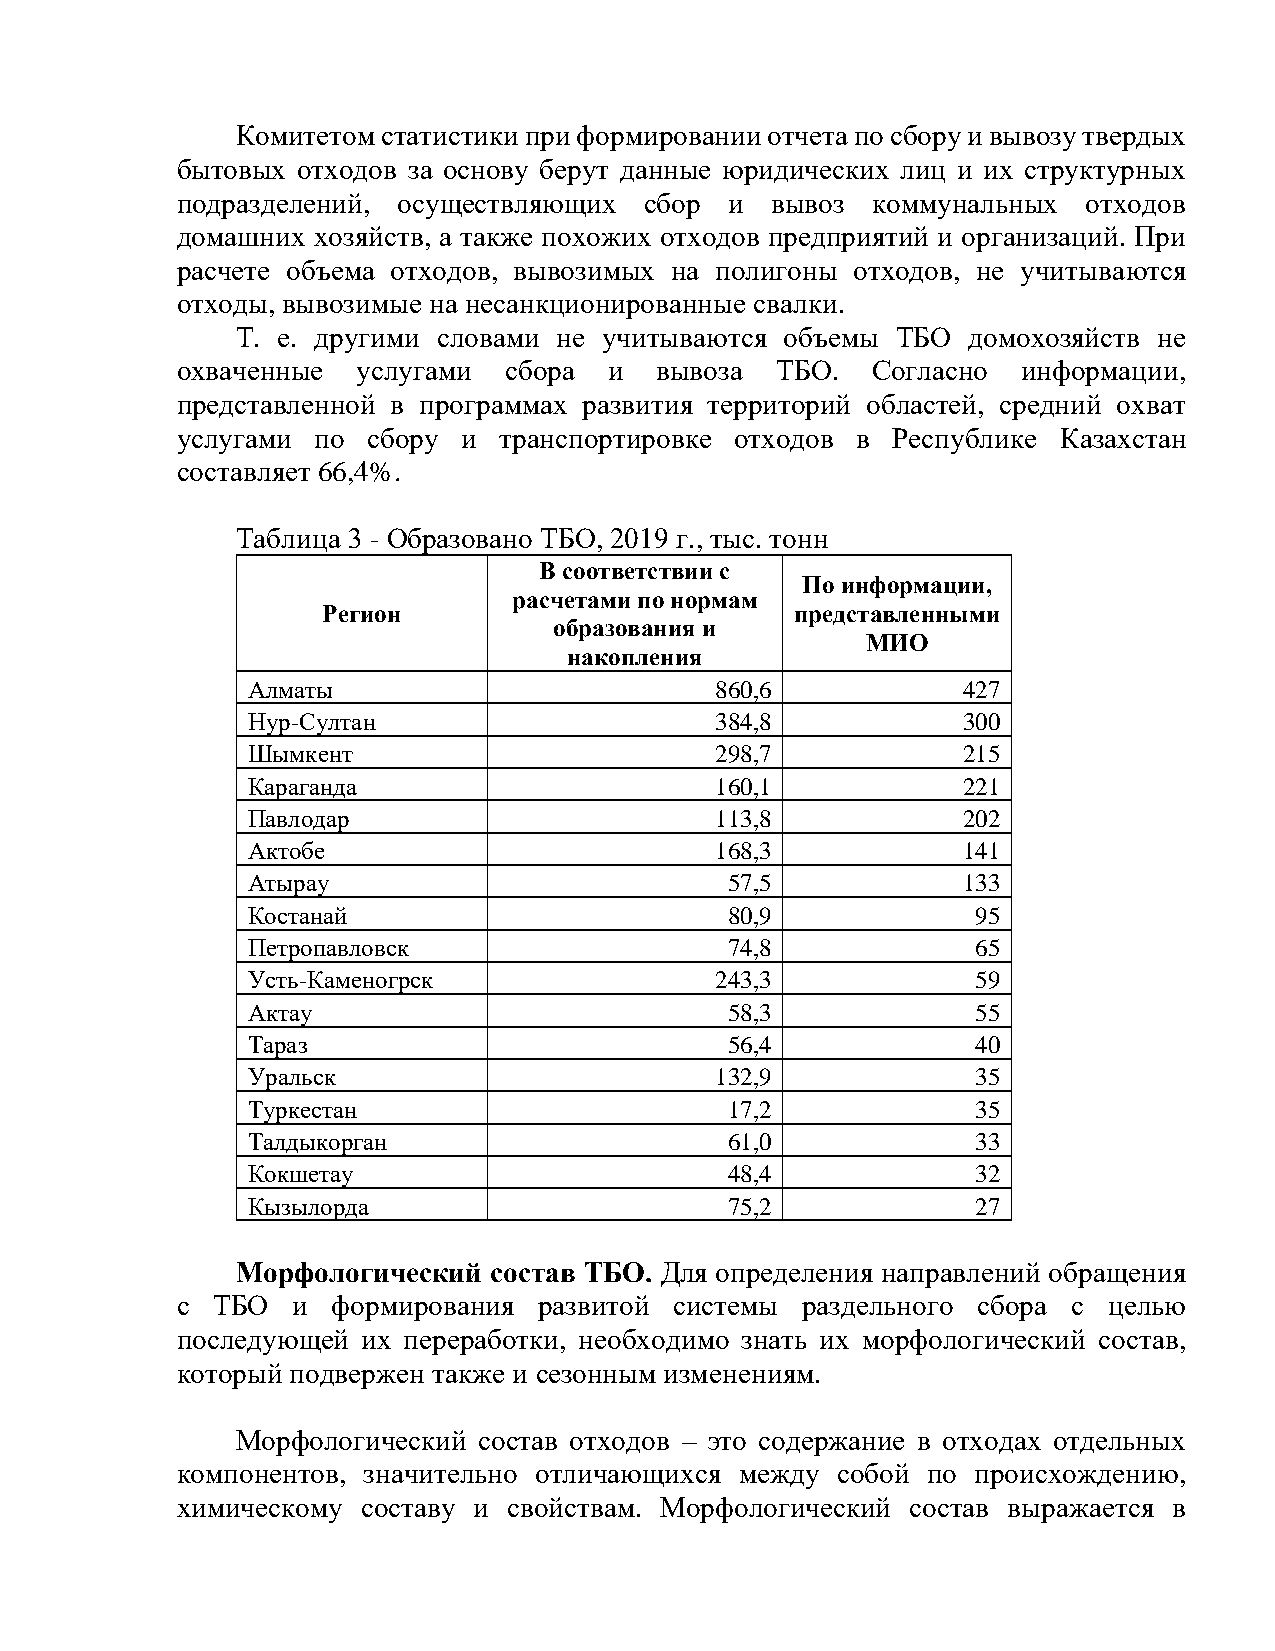
Комитетом статистики при формировании отчета по сбору и вывозу твердых
 бытовых отходов за основу берут данные юридических лиц и их структурных
 подразделений, осуществляющих  сбор и  вывоз  коммунальных  отходов
 домашних хозяйств, а также похожих отходов предприятий и организаций. При
 расчете объема отходов, вывозимых на полигоны отходов, не учитываются
 отходы, вывозимые на несанкционированные свалки.
 Т. е. другими словами не учитываются объемы ТБО домохозяйств не
 охваченные  услугами сбора  и  вывоза  ТБО.   Согласно  информации,
 представленной в программах развития территорий областей, средний охват
 услугами по сбору  и транспортировке отходов в Республике Казахстан
 составляет 66,4%.
 Таблица 3 - Образовано ТБО, 2019 г., тыс. тонн
 В соответствии с
 По информации,
 расчетами по нормам
 Регион                          представленными
 образования и
 МИО
 накопления
 Алматы                         860,6            427
 Нур-Султан                     384,8            300
 Шымкент                        298,7            215
 Караганда                      160,1            221
 Павлодар                       113,8            202
 Актобе                         168,3            141
 Атырау                          57,5            133
 Костанай                        80,9             95
 Петропавловск                   74,8             65
 Усть-Каменогрск                243,3             59
 Актау                           58,3             55
 Тараз                           56,4             40
 Уральск                        132,9             35
 Туркестан                       17,2             35
 Талдыкорган                     61,0             33
 Кокшетау                        48,4             32
 Кызылорда                       75,2             27
 Морфологический  состав ТБО. Для определения направлений обращения
 с ТБО  и  формирования  развитой системы раздельного сбора с целью
 последующей их переработки, необходимо знать их морфологический состав,
 который подвержен также и сезонным изменениям.
 Морфологический состав отходов – это содержание в отходах отдельных
 компонентов, значительно отличающихся между собой по происхождению,
 химическому составу и свойствам. Морфологический состав выражается в